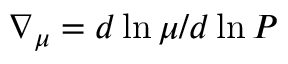
\ensuremath { \nabla _ { \mu } } = d \ln \mu / d \ln P